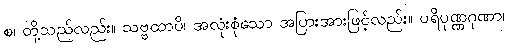
စ၊ တို့သည်လည်း။ သဗ္ဗထာပိ၊ အလုံးစုံသော အပြားအားဖြင့်လည်း။ ပရိပုဏ္ဏဂုဏာ၊